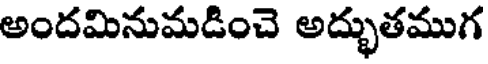
అందమినుమడించె అద్భుతముగ